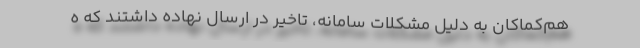
هم‌کماکان به دلیل مشکلات سامانه، تاخیر در ارسال نهاده داشتند که ه